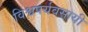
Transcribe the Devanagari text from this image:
विश्वपर्यवसायी